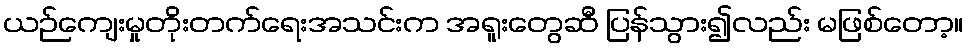
ယဉ်ကျေးမှုတိုးတက်ရေးအသင်းက အရူးတွေဆီ ပြန်သွား၍လည်း မဖြစ်တော့။